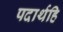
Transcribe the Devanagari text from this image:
पदार्थहि